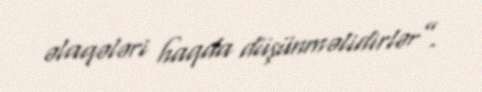
əlaqələri haqda düşünməlidirlər”.